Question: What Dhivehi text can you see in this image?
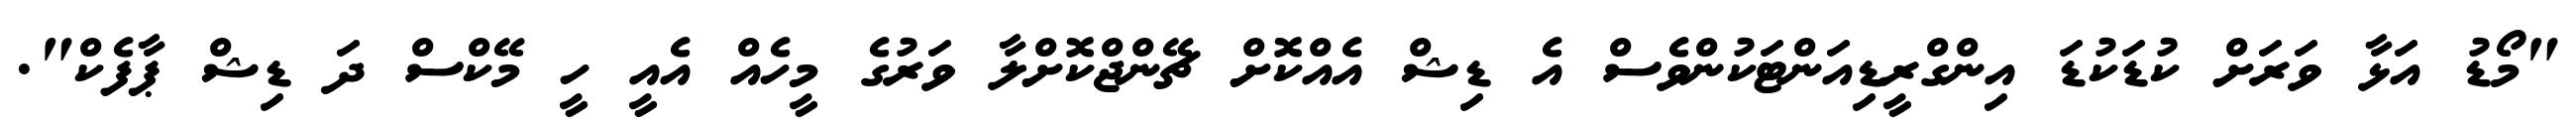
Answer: "މޯޑު އަޅާ ވަރަށް ކުޑަކުޑަ އިންގްރީޑިއަންޓަކުންވެސް އެ ޑިޝް އެއްކޮށް ޗޭންޖްކޮށްލާ ވަރުގެ މީހެއް އެއީ ހީ މޭކްސް ދަ ޑިޝް ޕާފެކް".